Scientific memoirs by medical officers of the Army of India - Part X,
Year: 1897
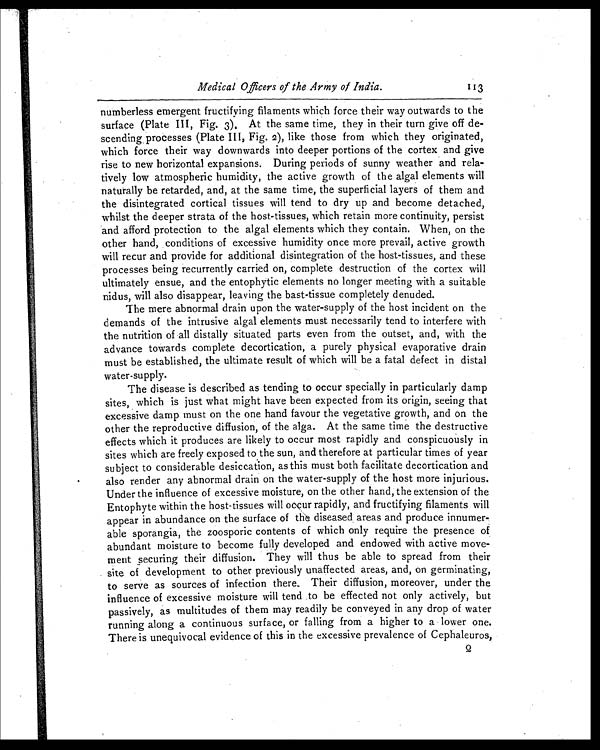
Medical Officers of the Army of India.
113
numberless emergent fructifying filaments which force their way outwards to the
surface (Plate III, Fig. 3), At the same time, they in their turn give off de
-
scending processes (Plate III, Fig. 2), like those from which they originated,
which force their way downwards into deeper portions of the cortex and give
rise to new horizontal expansions. During periods of sunny weather and rela
-
tively low atmospheric humidity, the active growth of the algal elements will
naturally be retarded, and, at the same time, the superficial layers of them and
the disintegrated cortical tissues will tend to dry up and become detached,
whilst the deeper strata of the host-tissues, which retain more continuity, persist
and afford protection to the algal elements which they contain. When, on the
other hand, conditions of excessive humidity once more prevail, active growth
will recur and provide for additional disintegration of the host-tissues, and these
processes being recurrently carried on, complete destruction of the cortex will
ultimately ensue, and the entophytic elements no longer meeting with a suitable
nidus, will also disappear, leaving the bast-tissue completely denuded.
The mere abnormal drain upon the water-supply of the host incident on the
demands of the intrusive algal elements must necessarily tend to interfere with
the nutrition of all distally situated parts even from the outset, and, with the
advance towards complete decortication, a purely physical evaporative drain
must be established, the ultimate result of which will be a fatal defect in distal
water-supply.
The disease is described as tending to occur specially in particularly damp
sites, which is just what might have been expected from its origin, seeing that
excessive damp must on the one hand favour the vegetative growth, and on the
other the reproductive diffusion, of the alga. At the same time the destructive
effects which it produces are likely to occur most rapidly and conspicuously in
sites which are freely exposed to the sun, and therefore at particular times of year
subject to considerable desiccation, as this must both facilitate decortication and
also render any abnormal drain on the water-supply of the host more injurious.
Under the influence of excessive moisture, on the other hand, the extension of the
Entophyte within the host-tissues will occur rapidly, and fructifying filaments will
appear in abundance on the surface of the diseased areas and produce innumer
-
able sporangia, the zoosporic contents of which only require the presence of
abundant moisture to become fully developed and endowed with active move
-
ment securing their diffusion. They will thus be able to spread from their
site of development to other previously unaffected areas, and, on germinating,
to serve as sources of infection there. Their diffusion, moreover, under the
influence of excessive moisture will tend to be effected not only actively, but
passively, as multitudes of them may readily be conveyed in any drop of water
running along a continuous surface, or falling from a higher to a lower one.
There is unequivocal evidence of this in the excessive prevalence of Cephaleuros,
Q